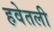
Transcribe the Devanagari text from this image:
हवेतली